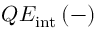
Q E _ { \mathrm { i n t } } \, ( - )